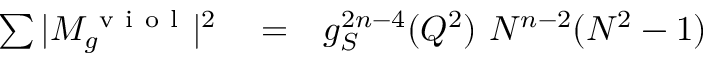
\begin{array} { r l r } { \sum \vert M _ { g } ^ { \mathrm { ~ v ~ i ~ o ~ l ~ } } \vert ^ { 2 } } & { { } = } & { g _ { S } ^ { 2 n - 4 } ( Q ^ { 2 } ) ~ N ^ { n - 2 } ( N ^ { 2 } - 1 ) } \end{array}